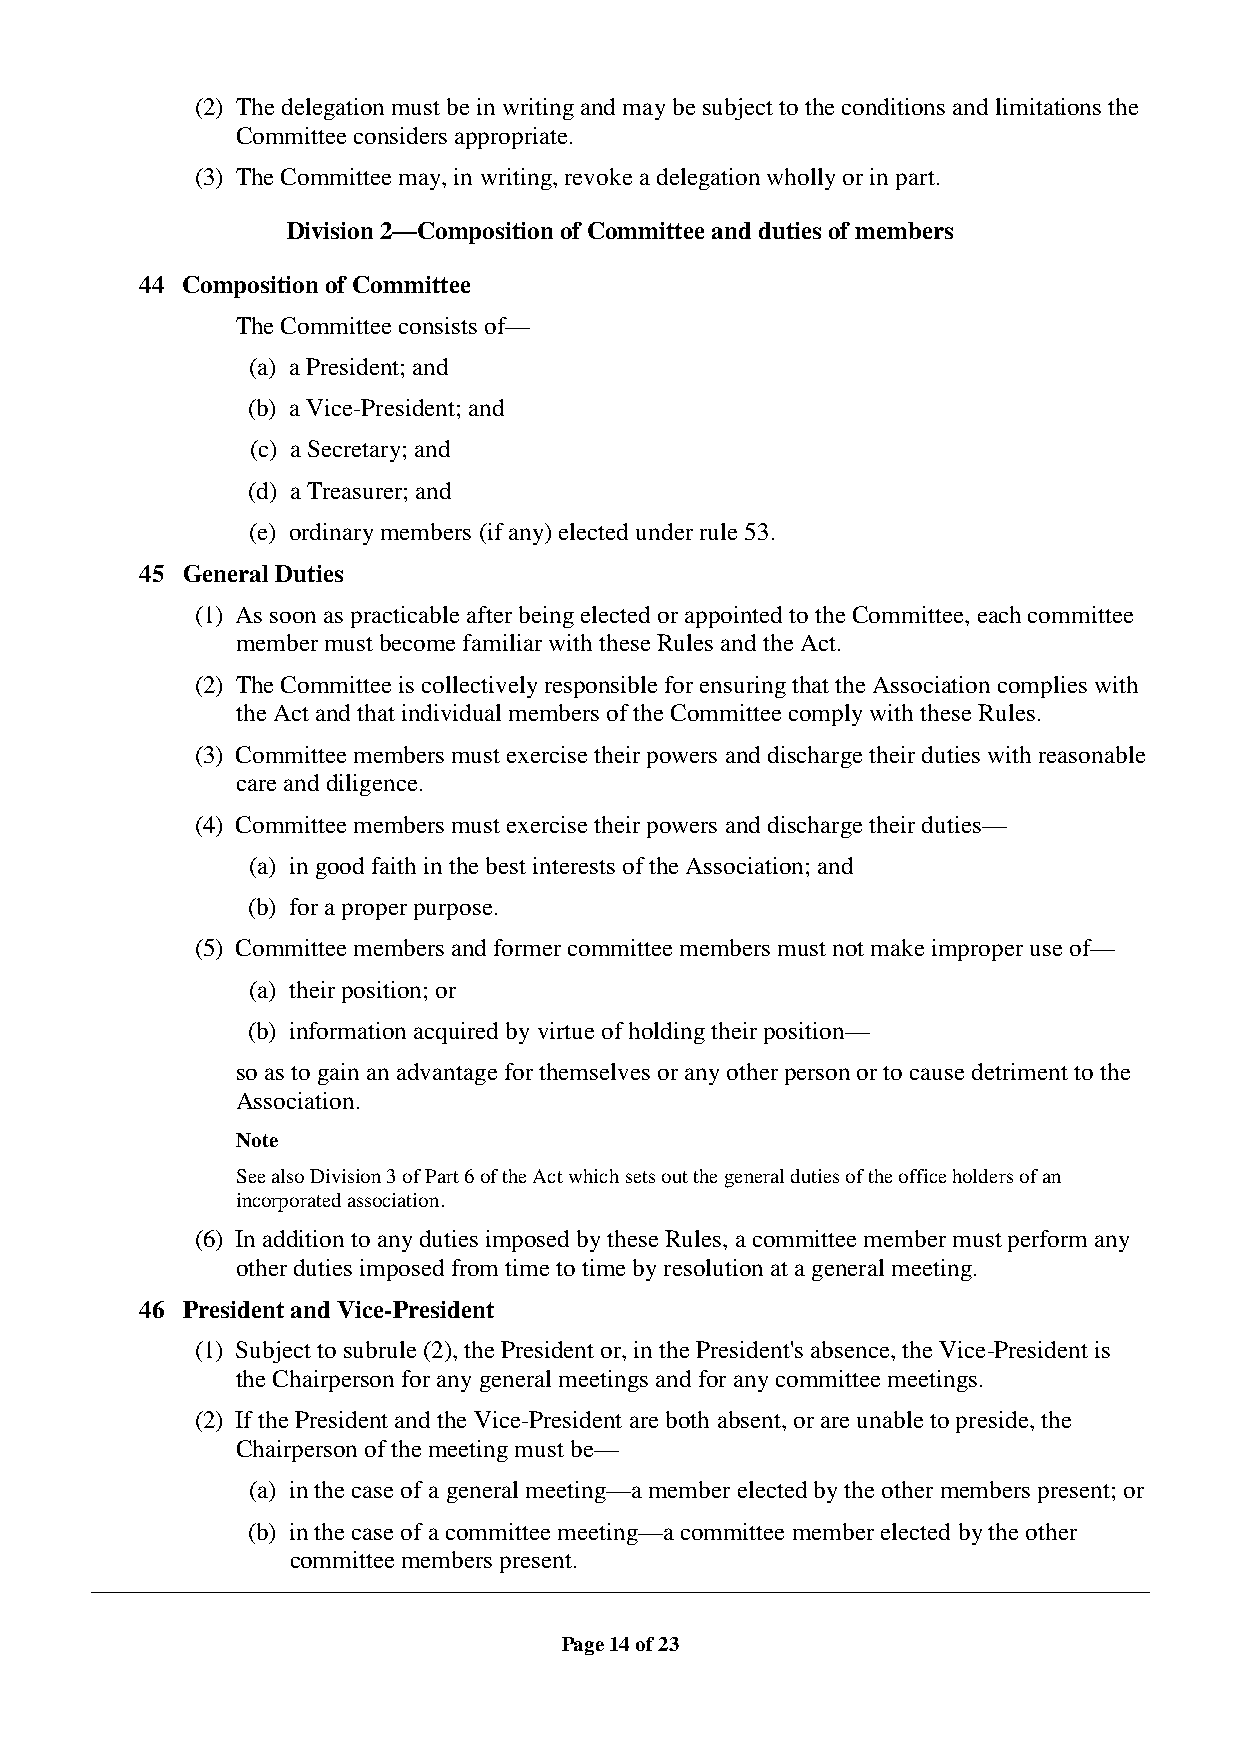
(2) The delegation must be in writing and may be subject to the conditions and limitations the
 Committee considers appropriate.
 (3) The Committee may, in writing, revoke a delegation wholly or in part.
 Division 2—Composition of Committee and duties of members
 44 Composition of Committee
 The Committee consists of—
 (a) a President; and
 (b) a Vice-President; and
 (c) a Secretary; and
 (d) a Treasurer; and
 (e) ordinary members (if any) elected under rule 53.
 45 General Duties
 (1) As soon as practicable after being elected or appointed to the Committee, each committee
 member must become familiar with these Rules and the Act.
 (2) The Committee is collectively responsible for ensuring that the Association complies with
 the Act and that individual members of the Committee comply with these Rules.
 (3) Committee members must exercise their powers and discharge their duties with reasonable
 care and diligence.
 (4) Committee members must exercise their powers and discharge their duties—
 (a) in good faith in the best interests of the Association; and
 (b) for a proper purpose.
 (5) Committee members and former committee members must not make improper use of—
 (a) their position; or
 (b) information acquired by virtue of holding their position—
 so as to gain an advantage for themselves or any other person or to cause detriment to the
 Association.
 Note
 See also Division 3 of Part 6 of the Act which sets out the general duties of the office holders of an
 incorporated association.
 (6) In addition to any duties imposed by these Rules, a committee member must perform any
 other duties imposed from time to time by resolution at a general meeting.
 46 President and Vice-President
 (1) Subject to subrule (2), the President or, in the President's absence, the Vice-President is
 the Chairperson for any general meetings and for any committee meetings.
 (2) If the President and the Vice-President are both absent, or are unable to preside, the
 Chairperson of the meeting must be—
 (a) in the case of a general meeting—a member elected by the other members present; or
 (b) in the case of a committee meeting—a committee member elected by the other
 committee members present.
 Page 14 of 23